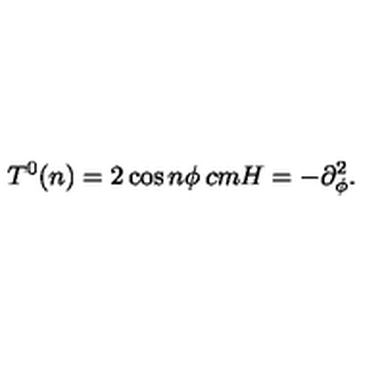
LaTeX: T ^ { 0 } ( n ) = 2 \cos { n { \phi } } \hspace * { 2 c m } H = - \partial _ { \phi } ^ { 2 } .